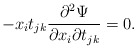
\begin{align*} - x_i t_{jk} \frac{\partial^{2} \Psi}{\partial x_i \partial t_{jk}} = 0.\end{align*}